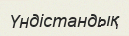
Үндістандық